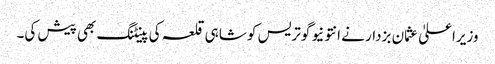
وزیراعلیٰ عثمان بزدار نے انتونیو گوتریس کو شاہی قلعہ کی پینٹنگ بھی پیش کی۔